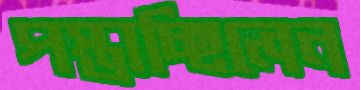
পস্তাচ্ছিলেন